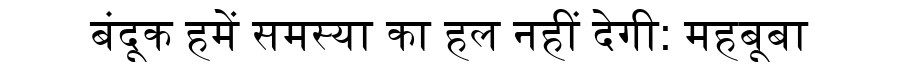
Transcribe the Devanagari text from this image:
बंदूक हमें समस्या का हल नहीं देगी: महबूबा